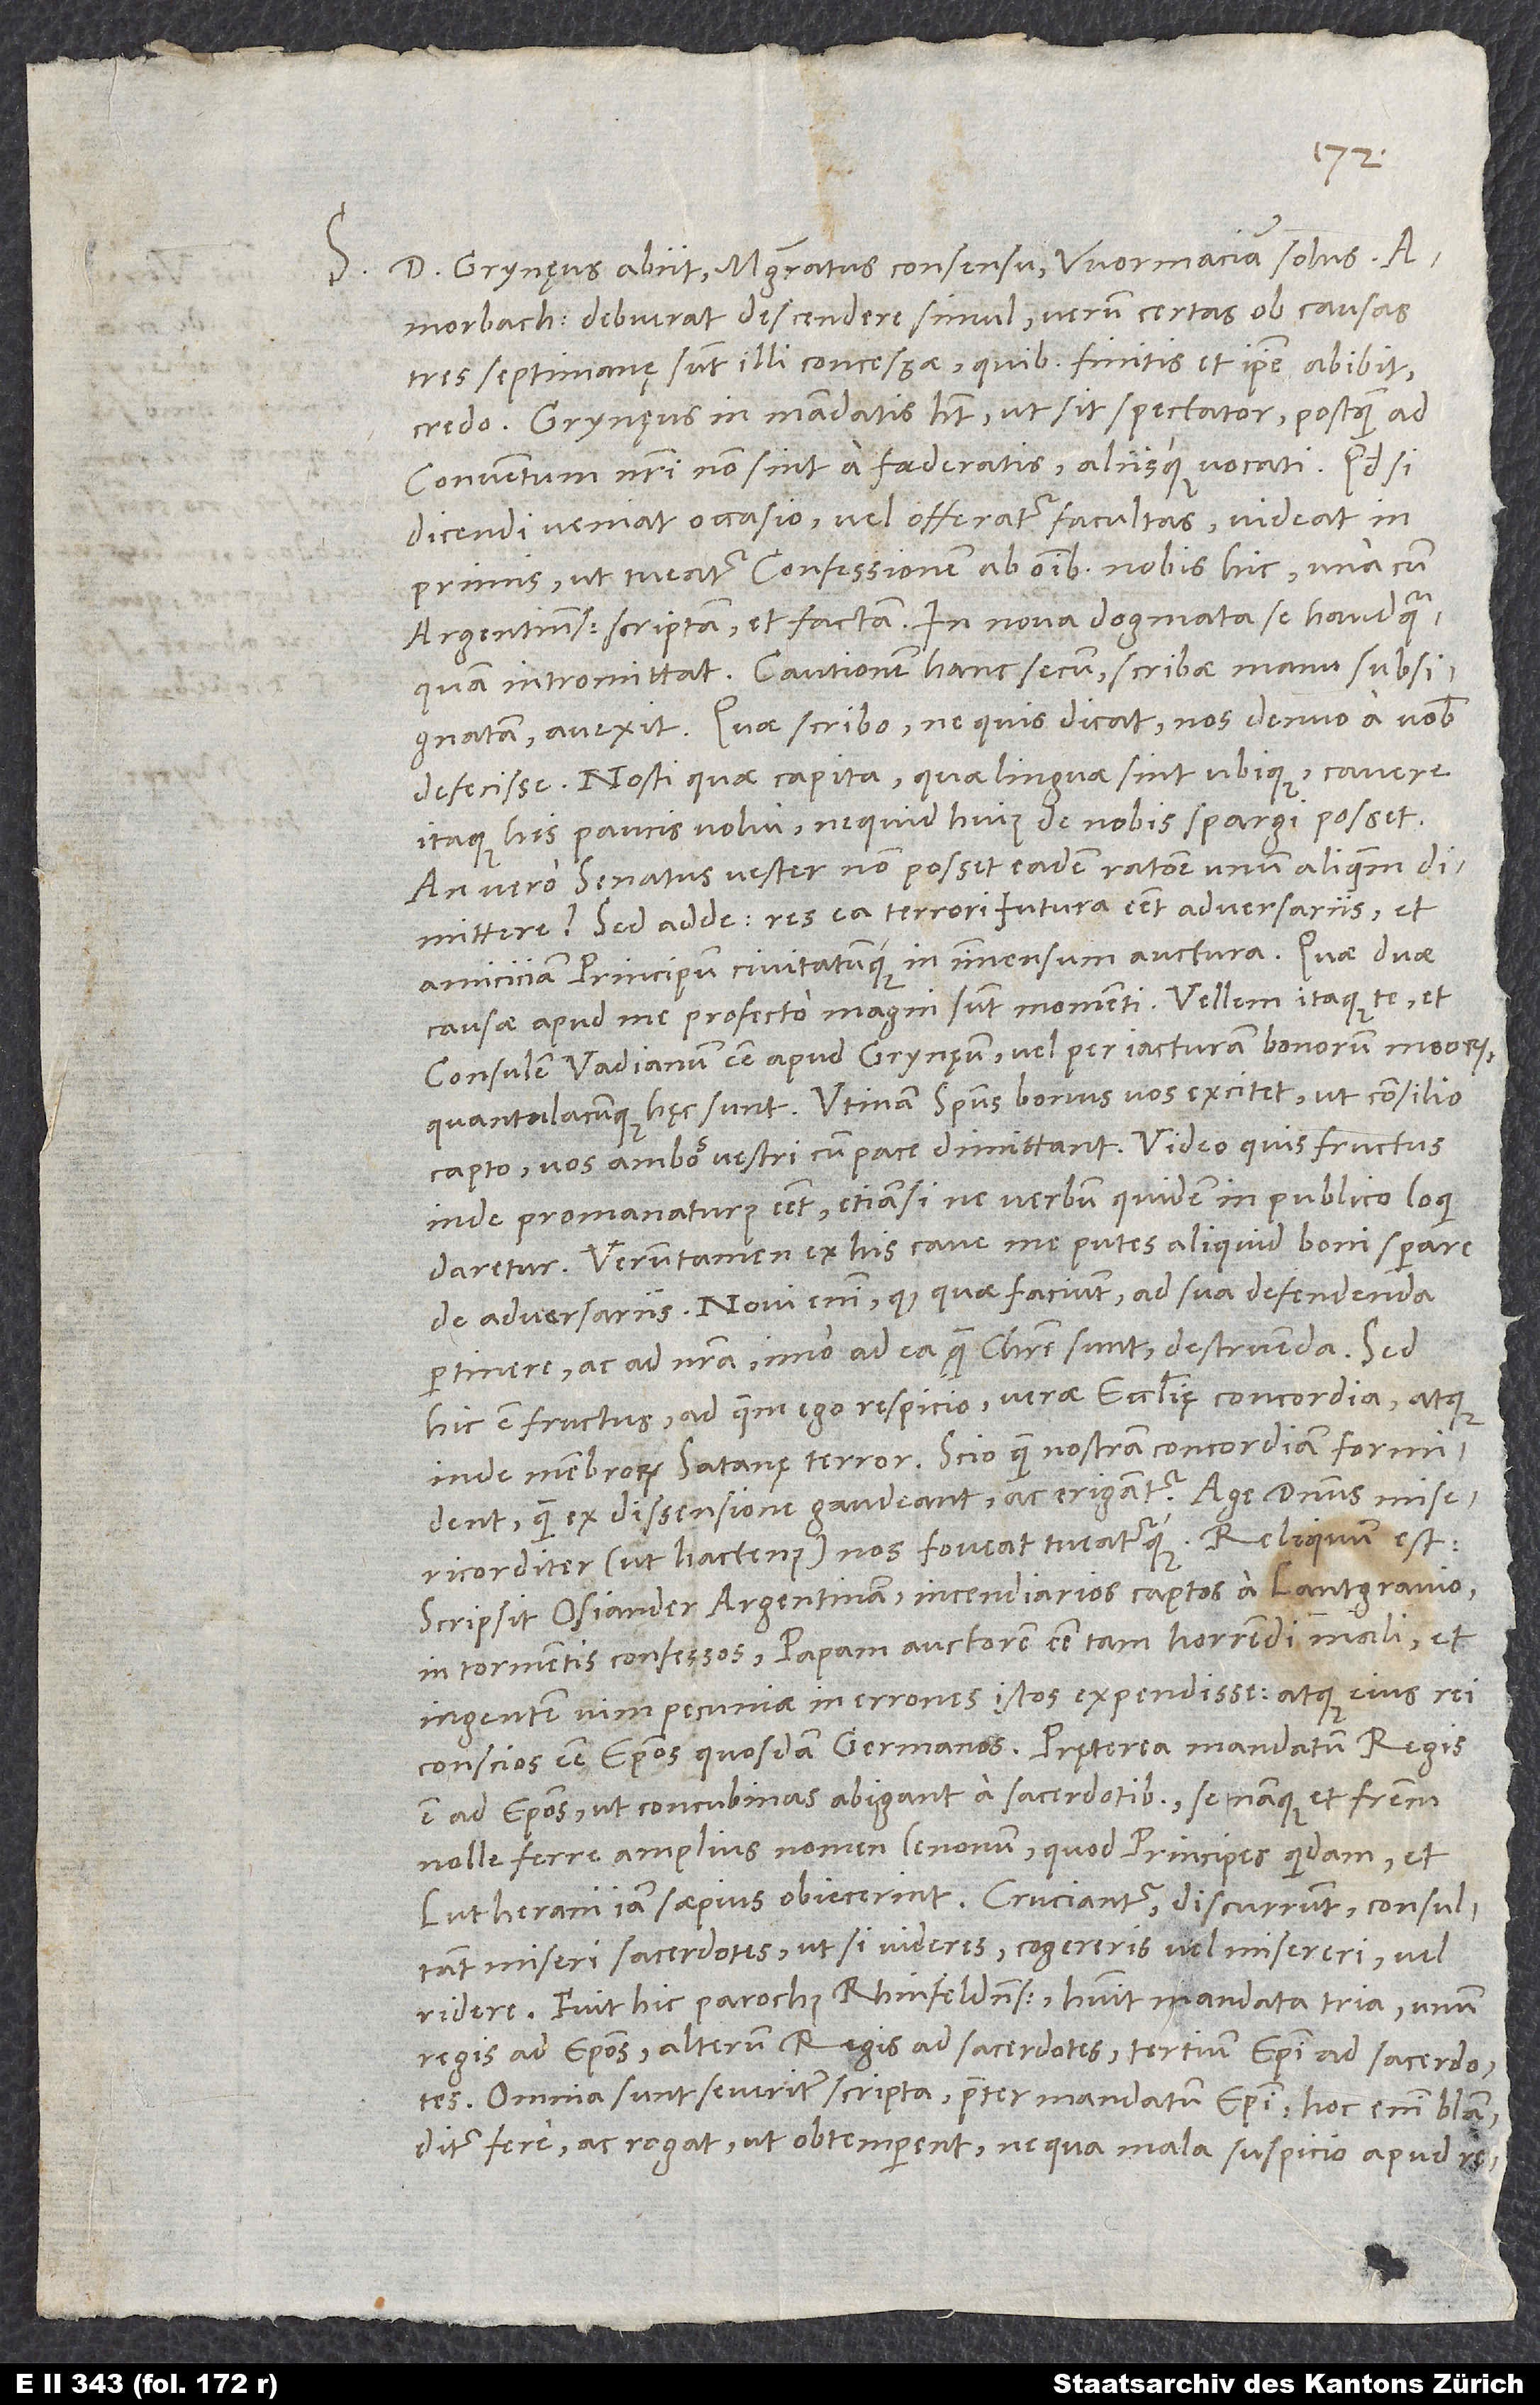
S. Dominus Grynęus abiit magistratus consensu Wormaciam solus;
Amorbachius debuerat descendere simul, verum certas ob causas
tres septimanę sunt illi concessae, quibus finitis et ipse abibit,
credo. Grynęus in mandatis habet, ut sit spectator, postquam ad
conventum nostri non sint a foederatis aliisque vocati. Quodsi
dicendi veniat occasio vel offeratur facultas, videat in
primis, ut tueatur confessionem ab omnibus nobis hic una cum
Argentinensibus scriptam et factam; in nova dogmata se haudquaquam
avexit. Quae scribo, ne quis dicat nos denuo a vobis
defecisse. Nosti, quae capita, quae linguae sint ubique; cavere
itaque his paucis volui, ne quid huius de nobis spargi posset.
An vero senatus vester non posset eadem ratione unum aliquem
dimittere? Sed adde: Res ea terrori futura esset adversariis et
amiciciam principum civitatumque in immensum auctura. Quae duae
causae apud me profecto magni sunt momenti. Vellem itaque te et
consulem Vadianum esse apud Grynęum vel per iacturam bonorum meorum,
quantulacunque hęc sunt. Utinam spiritus bonus vos excitet, ut consilio
capto vos ambos vestri cum pace dimittant! Video, quis fructus
inde promanaturus esset, etiamsi ne verbum quidem in publico loqui
daretur. Verumtamen ex his cave me putes aliquid boni sperare
de adversariis. Novi enim, quod, quae faciunt, ad sua defendenda
pertinere ac ad nostra, imo ad ea, quę Christi sunt, destruenda. Sed
hic est fructus, ad quem ego respicio: verae ecclesię concordia atque
inde membrorum satanę terror. Scio, quam nostram concordiam formident,
quam ex dissensione gaudeant ac erigantur. Age, dominus misericorditer
Scripsit Osiander Argentinam incendiarios captos a lantgravio
in tormentis confessos papam auctorem esse tam horrendi mali et
ingentem vim pecuniae in errones istos expendisse atque eius rei
est ad episcopos, ut concubinas adigant a sacerdotibus; se namque et fratrem
nolle ferre amplius nomen lenonum, quod principes quidam et
Lutherani iam saepius obiecerint. Cruciantur, discurrunt, consultant
miseri sacerdotes, ut, si videres, cogereris vel misereri vel
ridere. Fuit hic parochus Rhinfeldensis; habuit mandata tria, unum
regis ad episcopos, alterum regis ad sacerdotes, tertium episcopi ad sacerdotes.
Omnia sunt severiter scripta praeter mandatum episcopi; hoc enim blanditur
fere ac rogat, ut obtemperent, ne qua mala suspicio apud regem